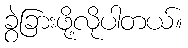
ခွဲခြားဖို့လိုပါတယ်။